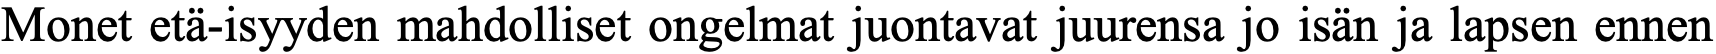
Monet etä-isyyden mahdolliset ongelmat juontavat juurensa jo isän ja lapsen ennen